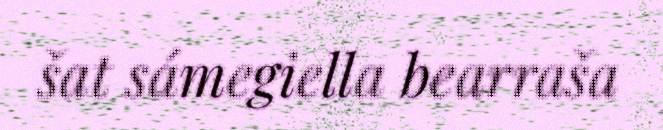
šat sámegiella bearraša